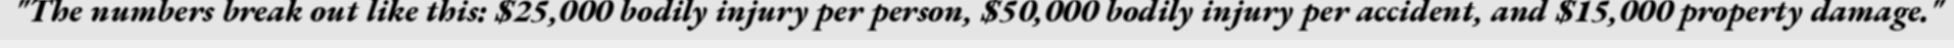
"The numbers break out like this: $25,000 bodily injury per person, $50,000 bodily injury per accident, and $15,000 property damage."